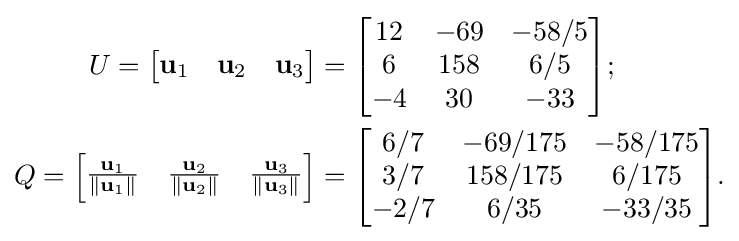
{\begin{aligned}U={\begin{bmatrix}\mathbf {u} _{1}&\mathbf {u} _{2}&\mathbf {u} _{3}\end{bmatrix}}&={\begin{bmatrix}12&-69&-58/5\\6&158&6/5\\-4&30&-33\end{bmatrix}};\\Q={\begin{bmatrix}{\frac {\mathbf {u} _{1}}{\|\mathbf {u} _{1}\|}}&{\frac {\mathbf {u} _{2}}{\|\mathbf {u} _{2}\|}}&{\frac {\mathbf {u} _{3}}{\|\mathbf {u} _{3}\|}}\end{bmatrix}}&={\begin{bmatrix}6/7&-69/175&-58/175\\3/7&158/175&6/175\\-2/7&6/35&-33/35\end{bmatrix}}.\end{aligned}}